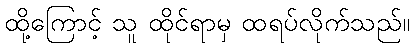
ထို့ကြောင့် သူ ထိုင်ရာမှ ထရပ်လိုက်သည်။